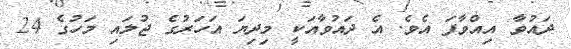
ދައުވާ އިއްވާފަ އެވެ. އެ ދައުވާއަކީ މިދިޔަ އަހަރުގެ ޖުލައި މަހުގެ 24